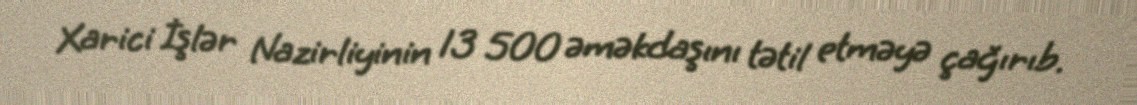
Xarici İşlər Nazirliyinin 13 500 əməkdaşını tətil etməyə çağırıb.